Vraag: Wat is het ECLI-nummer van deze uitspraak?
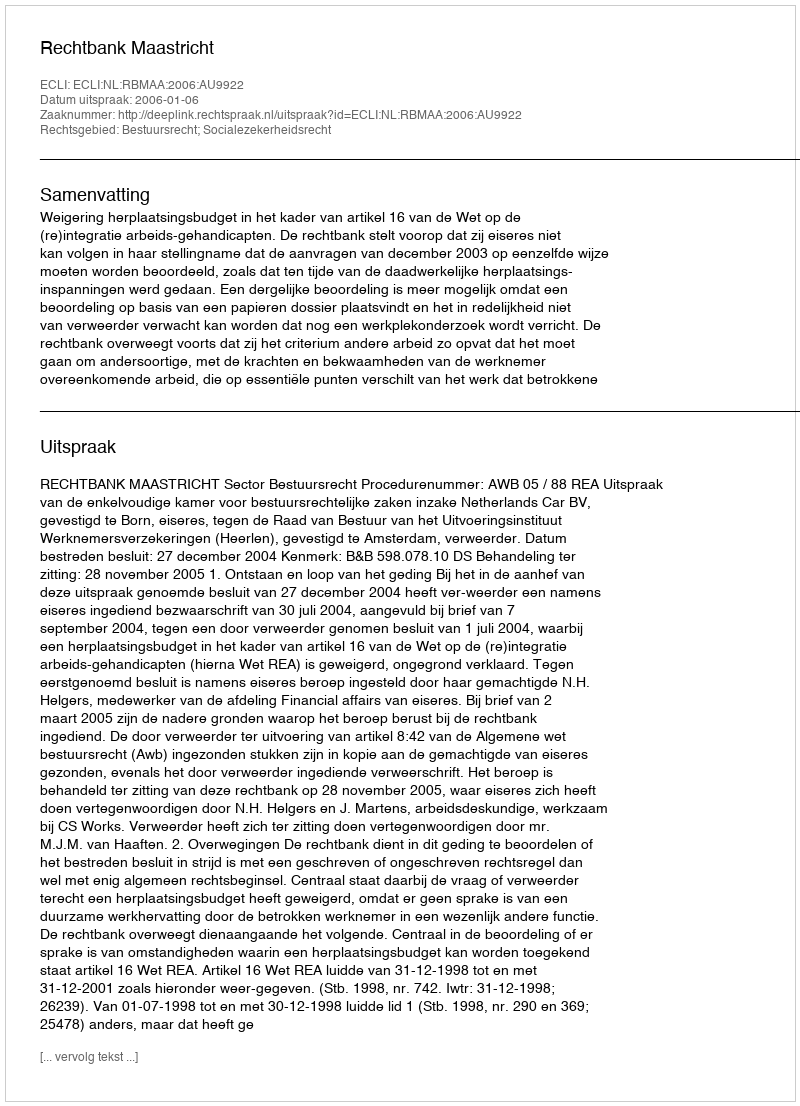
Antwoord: ECLI:NL:RBMAA:2006:AU9922